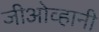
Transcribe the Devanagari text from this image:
जीओव्हानी